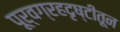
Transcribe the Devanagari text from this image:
पूर्वग्रहदृष्टीतून